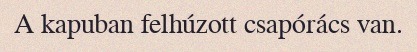
A kapuban felhúzott csapórács van.